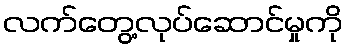
လက်တွေ့လုပ်ဆောင်မှုကို